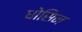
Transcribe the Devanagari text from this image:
धोसिन